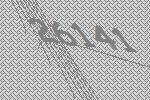
26141